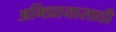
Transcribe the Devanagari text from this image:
अभिप्रायासाठी